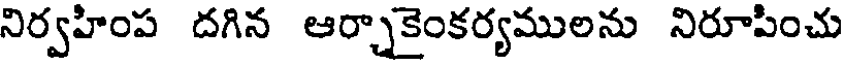
నిర్వహింప దగిన ఆర్చాకైంకర్యములను నిరూపించు